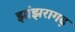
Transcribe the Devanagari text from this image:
झांझरागढ़